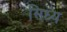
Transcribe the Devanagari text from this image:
सिध्य